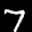
Label: 7